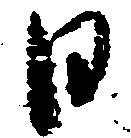
日